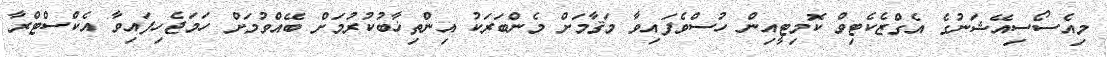
މިއެސޯސިއޭޝަނުގެ އެގްޒެކެޓިވް ކޮމިޓީއިން ހުސްވެފައިވާ މަޤާމަށް މެންބަރަކު އިންތިޚާބުކުރުމަށް ބޭއްވުމަށް ހަމަޖެހިފައިވާ އެކްސްޓްރާ